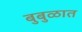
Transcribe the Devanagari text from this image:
बुबुळात